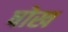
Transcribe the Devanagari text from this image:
षोख